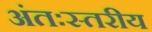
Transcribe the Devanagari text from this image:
अंतःस्तरीय